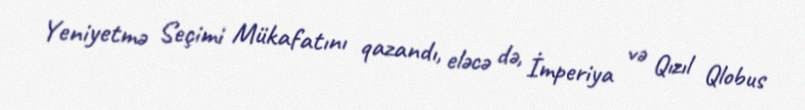
Yeniyetmə Seçimi Mükafatını qazandı, eləcə də, İmperiya və Qızıl Qlobus